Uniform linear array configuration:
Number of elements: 16
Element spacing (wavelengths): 0.75
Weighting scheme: kaiser
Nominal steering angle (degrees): -60
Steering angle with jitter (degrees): -61.9
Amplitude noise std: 0.05
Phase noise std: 0.05

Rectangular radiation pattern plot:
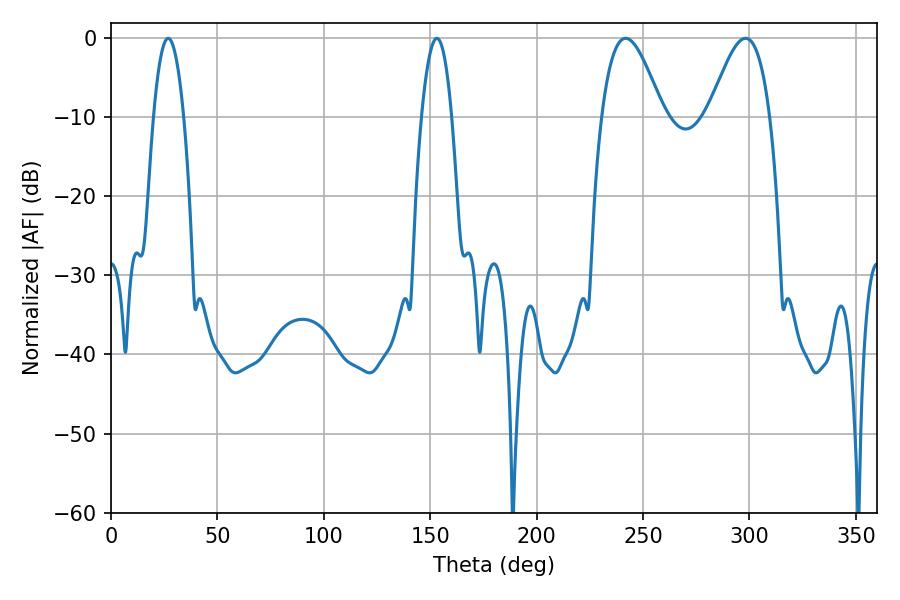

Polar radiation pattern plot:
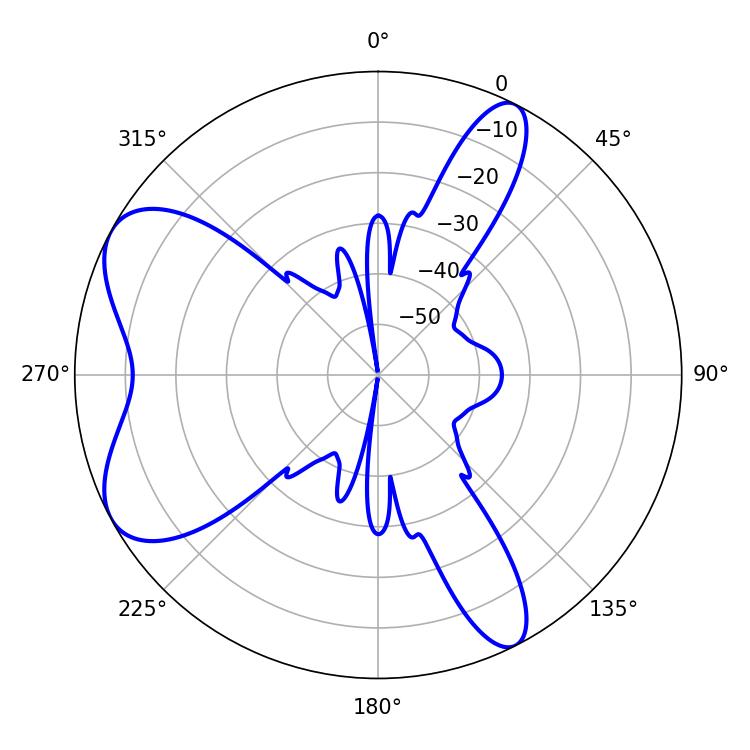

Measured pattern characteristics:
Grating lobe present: TRUE
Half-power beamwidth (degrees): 15.48
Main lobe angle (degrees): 241.74